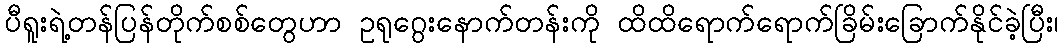
ပီရူးရဲ့တန်ပြန်တိုက်စစ်တွေဟာ ဥရုဂွေးနောက်တန်းကို ထိထိရောက်ရောက်ခြိမ်းခြောက်နိုင်ခဲ့ပြီး၊